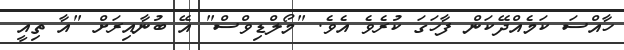
ހާއްސަ ކަމެއްދޭކަން ފާހަގަ ކުރެވެ އެވެ. "މޯލްޑިވްސް" އޭ ބުނާއިރަށް "އާ ތިއީ